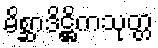
မိစ္ဆာဒိဋ္ဌိကသုတ္တ